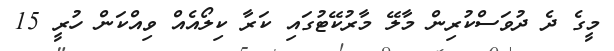
މީގެ ދެ ދުވަސްކުރިން މާލޭ މާރުކޭޓުގައި ކަރާ ކިލޯއެއް ވިއްކަން ހުރީ 15